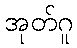
အုတ်ဂူ